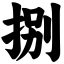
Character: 捌